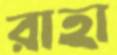
রাহা